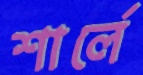
শার্লে